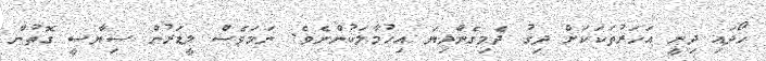
ހޯދައި ދިނީ އަހަރުތަކަކަށް ދިގު ދެމިގެންދިޔަ އިހުމާލަކުންނެވެ. ނަމަވެސް ލީޑަރުން ސިޔާސީ ގޮތުން